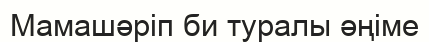
Мамашәріп би туралы әңіме